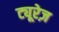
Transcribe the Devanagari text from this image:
ट्यूरेज़